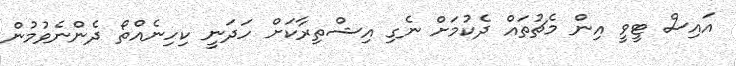
އައިސް ޓީވީ އިން މެޗުތައް ދެކުމަށް ނެގި އިޝްތިރާކަށް ހަދަނީ ކިހިނެއްތޯ ދެންނެވުމުން